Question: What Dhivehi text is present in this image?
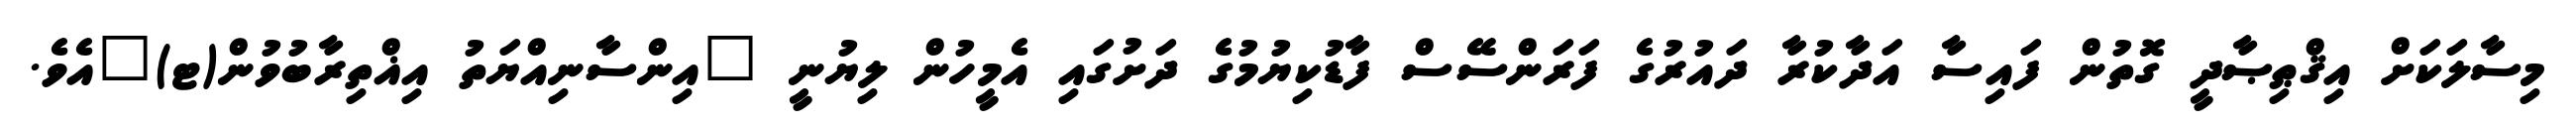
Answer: މިސާލަކަށް އިޤްޠިޞާދީ ގޮތުން ފައިސާ އަދާކުރާ ދައުރުގެ ފަރަންސޭސް ފާޑުކިޔުމުގެ ދަށުގައި އެމީހުން ލިޔުނީ "އިންސާނިއްޔަތު އިޣްތިރާބުވުން(ޓ)"އެވެ.